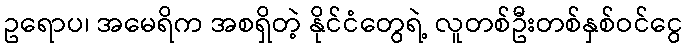
ဥရောပ၊ အမေရိက အစရှိတဲ့ နိုင်ငံတွေရဲ့ လူတစ်ဦးတစ်နှစ်ဝင်ငွေ